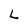
Character: L